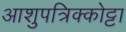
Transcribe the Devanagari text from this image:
आशुपत्रिक्कोट्टा